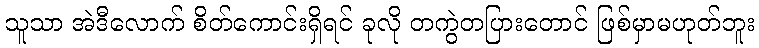
သူသာ အဲဒီလောက် စိတ်ကောင်းရှိရင် ခုလို တကွဲတပြားတောင် ဖြစ်မှာမဟုတ်ဘူး